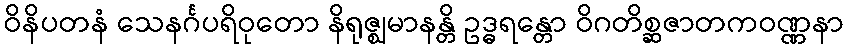
ဝိနိပတနံ သေနင်္ဂပရိဝုတော နိရုဇ္ဈမာနန္တိ ဥဒ္ဓရန္တော ဝိဂတိစ္ဆဇာတကဝဏ္ဏနာ